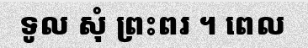
ទូល សុំ ព្រះពរ ។ ពេល